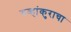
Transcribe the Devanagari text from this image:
गव्हांकुराचा